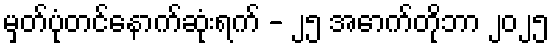
မှတ်ပုံတင်နောက်ဆုံးရက် - ၂၅ အောက်တိုဘာ ၂၀၂၅